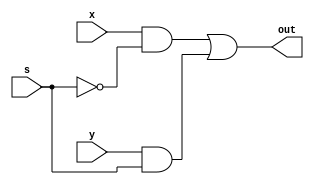
`timescale 1ns / 1ns // `timescale time_unit/time_precision

module mux2to1(out, x, y, s);
	input x, y, s;
	output out;
	
	assign out = (x & ~s) | (y & s);
endmodule

module flipflop(Q, reset_n, D, clk);
	input D;
	input reset_n;
	input clk;
	output reg Q;
	always@(posedge clk)   	// Triggered every time clock rises
	begin
		if(reset_n == 1'b0) 	/*when reset_n is 0... (this is tested onevery rising clock edge)*/
			Q <= 1'b0;           	// ... q is set to 0 (note these assignments use 
		else				// when reset_n is not 0...
			Q <= D;           	// ...value of d passes through to output q
	end
endmodule

module shifterbit(out, load_val, in, shift, load_n, clk, reset_n);
	input load_val;
	input in;
	input shift;
	input load_n;
	input clk; 
	input reset_n;
	
	output out;
	wire outmux;
	wire loadmux;
	
	mux2to1 out_in_shift(
		.out(outmux),
		.x(out),
		.y(in),
		.s(shift)
	);
	
	mux2to1 load_val_mux_load_n(
		.out(loadmux),
		.x(load_val),
		.y(outmux),
		.s(load_n)
	);
	
	flipflop F0(
	.Q(out),
	.reset_n(reset_n),
	.D(loadmux),
	.clk(clk)
	);
endmodule

module shifter(SW, LEDR);
	input [17:0] SW;
	output [7:0] LEDR;
	
	wire [7:0] q;
	wire [7:0] load_val;
	wire reset_n;
	wire load_n;
	wire shift_r;
	wire ASR;
	wire clk;
	wire outmux;
	
	assign load_val = SW[7:0];
	assign reset_n = SW[9];
	assign clk = SW[14];
	assign ASR = SW[15];
	assign shift_r = SW[16];
	assign load_n = SW[17];
	assign LEDR[7:0] = q[7:0];

	mux2to1 ASR_mux(
	.out(outmux),
	.x(1'b0),
	.y(q[7]),
	.s(ASR)
	);
	
	shifterbit shifter_7(
	.out(q[7]), 
	.load_val(load_val[7]), 
	.in(outmux), 
	.shift(shift_r), 
	.load_n(load_n),
	.clk(clk), 
	.reset_n(reset_n)
	);

	shifterbit shifter_6(
	.out(q[6]), 
	.load_val(load_val[6]), 
	.in(q[7]), 
	.shift(shift_r), 
	.load_n(load_n),
	.clk(clk), 
	.reset_n(reset_n)
	);
	
	shifterbit shifter_5(
	.out(q[5]), 
	.load_val(load_val[5]), 
	.in(q[6]), 
	.shift(shift_r), 
	.load_n(load_n),
	.clk(clk), 
	.reset_n(reset_n)
	);	
	
	shifterbit shifter_4(
	.out(q[4]), 
	.load_val(load_val[4]), 
	.in(q[5]), 
	.shift(shift_r), 
	.load_n(load_n),
	.clk(clk), 
	.reset_n(reset_n)
	);
	
	shifterbit shifter_3(
	.out(q[3]), 
	.load_val(load_val[3]), 
	.in(q[4]), 
	.shift(shift_r), 
	.load_n(load_n),
	.clk(clk), 
	.reset_n(reset_n)
	);
	
	shifterbit shifter_2(
	.out(q[2]), 
	.load_val(load_val[2]), 
	.in(q[3]), 
	.shift(shift_r), 
	.load_n(load_n),
	.clk(clk), 
	.reset_n(reset_n)
	);
	
	shifterbit shifter_1(
	.out(q[1]), 
	.load_val(load_val[1]), 
	.in(q[2]), 
	.shift(shift_r), 
	.load_n(load_n),
	.clk(clk), 
	.reset_n(reset_n)
	);
	
	shifterbit shifter_0(
	.out(q[0]), 
	.load_val(load_val[0]), 
	.in(q[1]), 
	.shift(shift_r), 
	.load_n(load_n),
	.clk(clk), 
	.reset_n(reset_n)
	);
	
endmodule